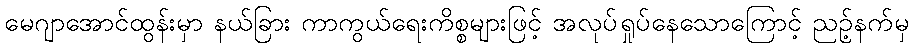
မေဂျာအောင်ထွန်းမှာ နယ်ခြား ကာကွယ်ရေးကိစ္စများဖြင့် အလုပ်ရှုပ်နေသောကြောင့် ညဉ့်နက်မှ